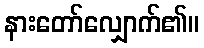
နားတော်လျှောက်၏။